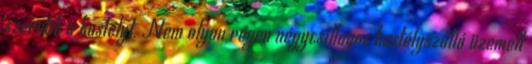
szeretik a kastélyt. Nem olyan régen négycsillagos kastélyszálló üzemelt